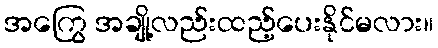
အကြွေ အချို့လည်းထည့်ပေးနိုင်မလား။